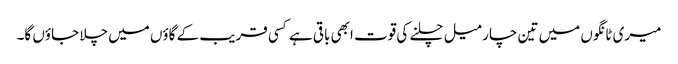
میری ٹانگوں میں تین چار میل چلنے کی قوت ابھی باقی ہے کسی قریب کے گاؤں میں چلا جاؤں گا۔